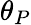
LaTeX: \theta_{P}